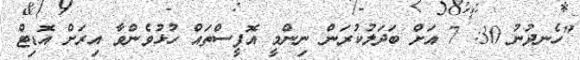
"ހެނދުނު 30: 7 އަށް ބަދަލުކުރަން ނިންމީ އޮފީސްތައް ހުޅުވެންވާ އިރަށް އޮޑިޓް